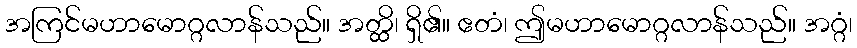
အကြင်မဟာမောဂ္ဂလာန်သည်။ အတ္ထိ၊ ရှိ၏။ ဧတံ၊ ဤမဟာမောဂ္ဂလာန်သည်။ အဂ္ဂံ၊